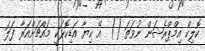
ކޮލިކް އިމްޕްރެޝަން ނުވަތަ ()  އޭ ކިޔާ އަޑިކޮޅަކީ މައްޗަށްއަރާ ފަލަ